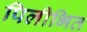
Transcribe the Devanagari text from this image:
पिलीभित